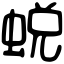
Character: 蜕